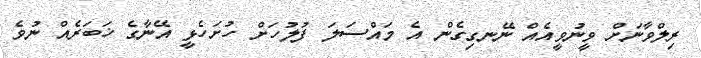
ރިލްވާނަށް ވީނުވީއެއް ނޭނގިގެން އެ މައްސަލަ ފުލުހަށް ހުށަހެޅީ އޭނާގެ ޚަބަރެއް ނުވެ